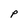
Character: p